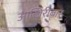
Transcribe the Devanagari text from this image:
आखिरीबार